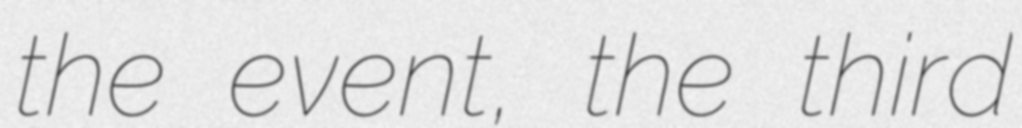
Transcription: the event, the third